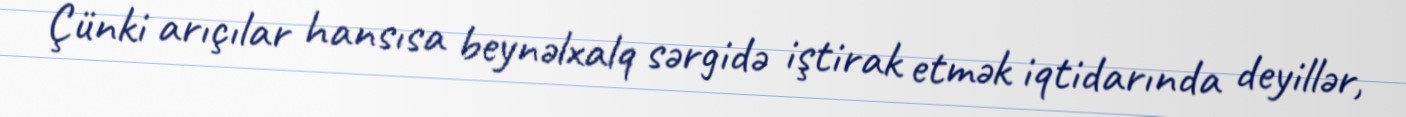
Çünki arıçılar hansısa beynəlxalq sərgidə iştirak etmək iqtidarında deyillər,